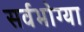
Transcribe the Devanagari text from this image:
सर्वभोग्या